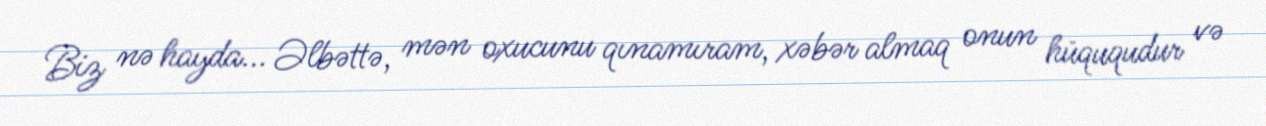
Biz nə hayda... Əlbəttə, mən oxucunu qınamıram, xəbər almaq onun hüququdur və